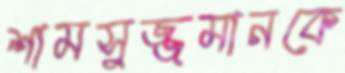
শামসুজ্জমানকে